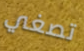
تصغي